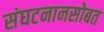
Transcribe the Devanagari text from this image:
संघटनानसोबत